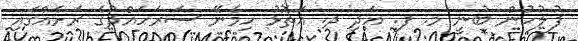
ފުލުހުން ބުނީ މ. ފ. އަދި ދ. އަތޮޅު ހިމެނޭ ސަރަހައްދުގެ ރަށެއްގައި